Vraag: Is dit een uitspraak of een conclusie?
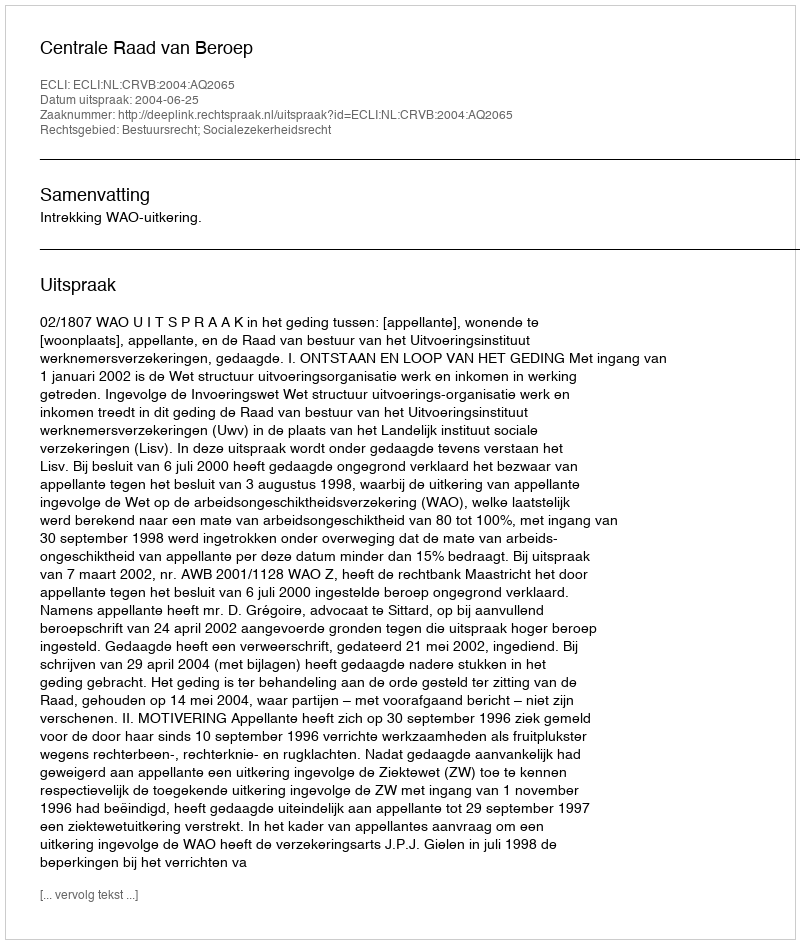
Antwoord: Uitspraak